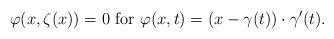
LaTeX: \begin{align*}\varphi(x, \zeta(x)) = 0 \mbox{ for }\varphi(x,t) = (x-\gamma(t))\cdot \gamma'(t).\end{align*}